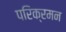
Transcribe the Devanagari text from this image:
परिक्रमन